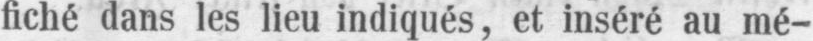
fiché dans les lieu indiqués, et inséré au mé-